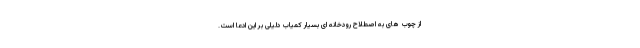
از چوب های به اصطلاح رودخانه ای بسیار کمیاب دلیلی بر این ادعا است.